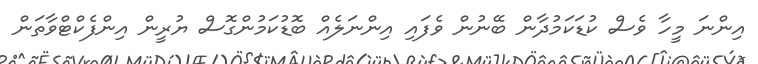
އިންނަ މީހާ ވެސް ކުޑަކަމުދާން ބޭނުން ވެފައި އިންނަލެއް ބޮޑުކަމުންގޮސް ޔުރީން އިންފެކްޓްވާތަން